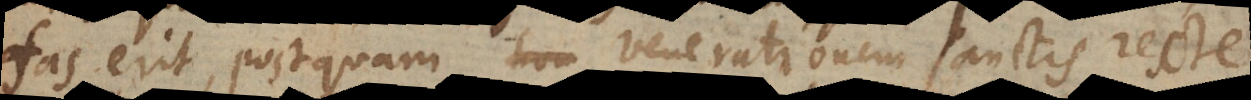
fas erit, postquam venerationem Sanctis recte